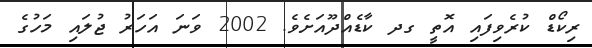
ރިކޯޑް ކުރެވިފައި އޮތީ ގދ ކާޑެއްދޫއަށެވެ. 2002 ވަނަ އަހަރު ޖުލައި މަހުގެ